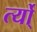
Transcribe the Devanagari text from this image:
र्त्यो्